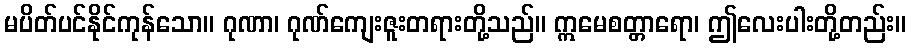
မပိတ်ပင်နိုင်ကုန်သော။ ဂုဏာ၊ ဂုဏ်ကျေးဇူးတရားတို့သည်။ ဣမေစတ္တာရော၊ ဤလေးပါးတို့တည်း။